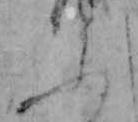
ふ